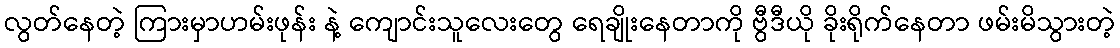
လွတ်နေတဲ့ ကြားမှာဟမ်းဖုန်း နဲ့ ကျောင်းသူလေးတွေ ရေချိုးနေတာကို ဗွီဒီယို ခိုးရိုက်နေတာ ဖမ်းမိသွားတဲ့